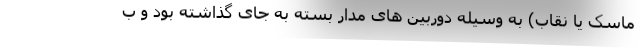
ماسک یا نقاب) به وسیله دوربین های مدار بسته به جای گذاشته بود و ب